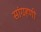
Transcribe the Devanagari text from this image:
सांग्रहणी